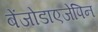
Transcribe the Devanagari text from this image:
बेंजोडाएजेपिन